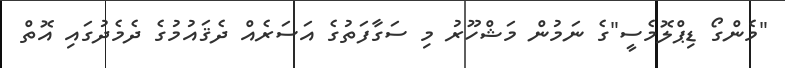
"މެންގޯ ޑިޕްލޮމެސީ"ގެ ނަމުން މަޝްހޫރު މި ސަގާފަތުގެ އަސަރެއް ދެޤައުމުގެ ދެމެދުގައި އޮތް